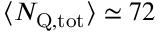
\langle \ensuremath { N _ { \mathrm { Q , t o t } } } \rangle \simeq 7 2